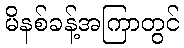
မိနစ်ခန့်အကြာတွင်